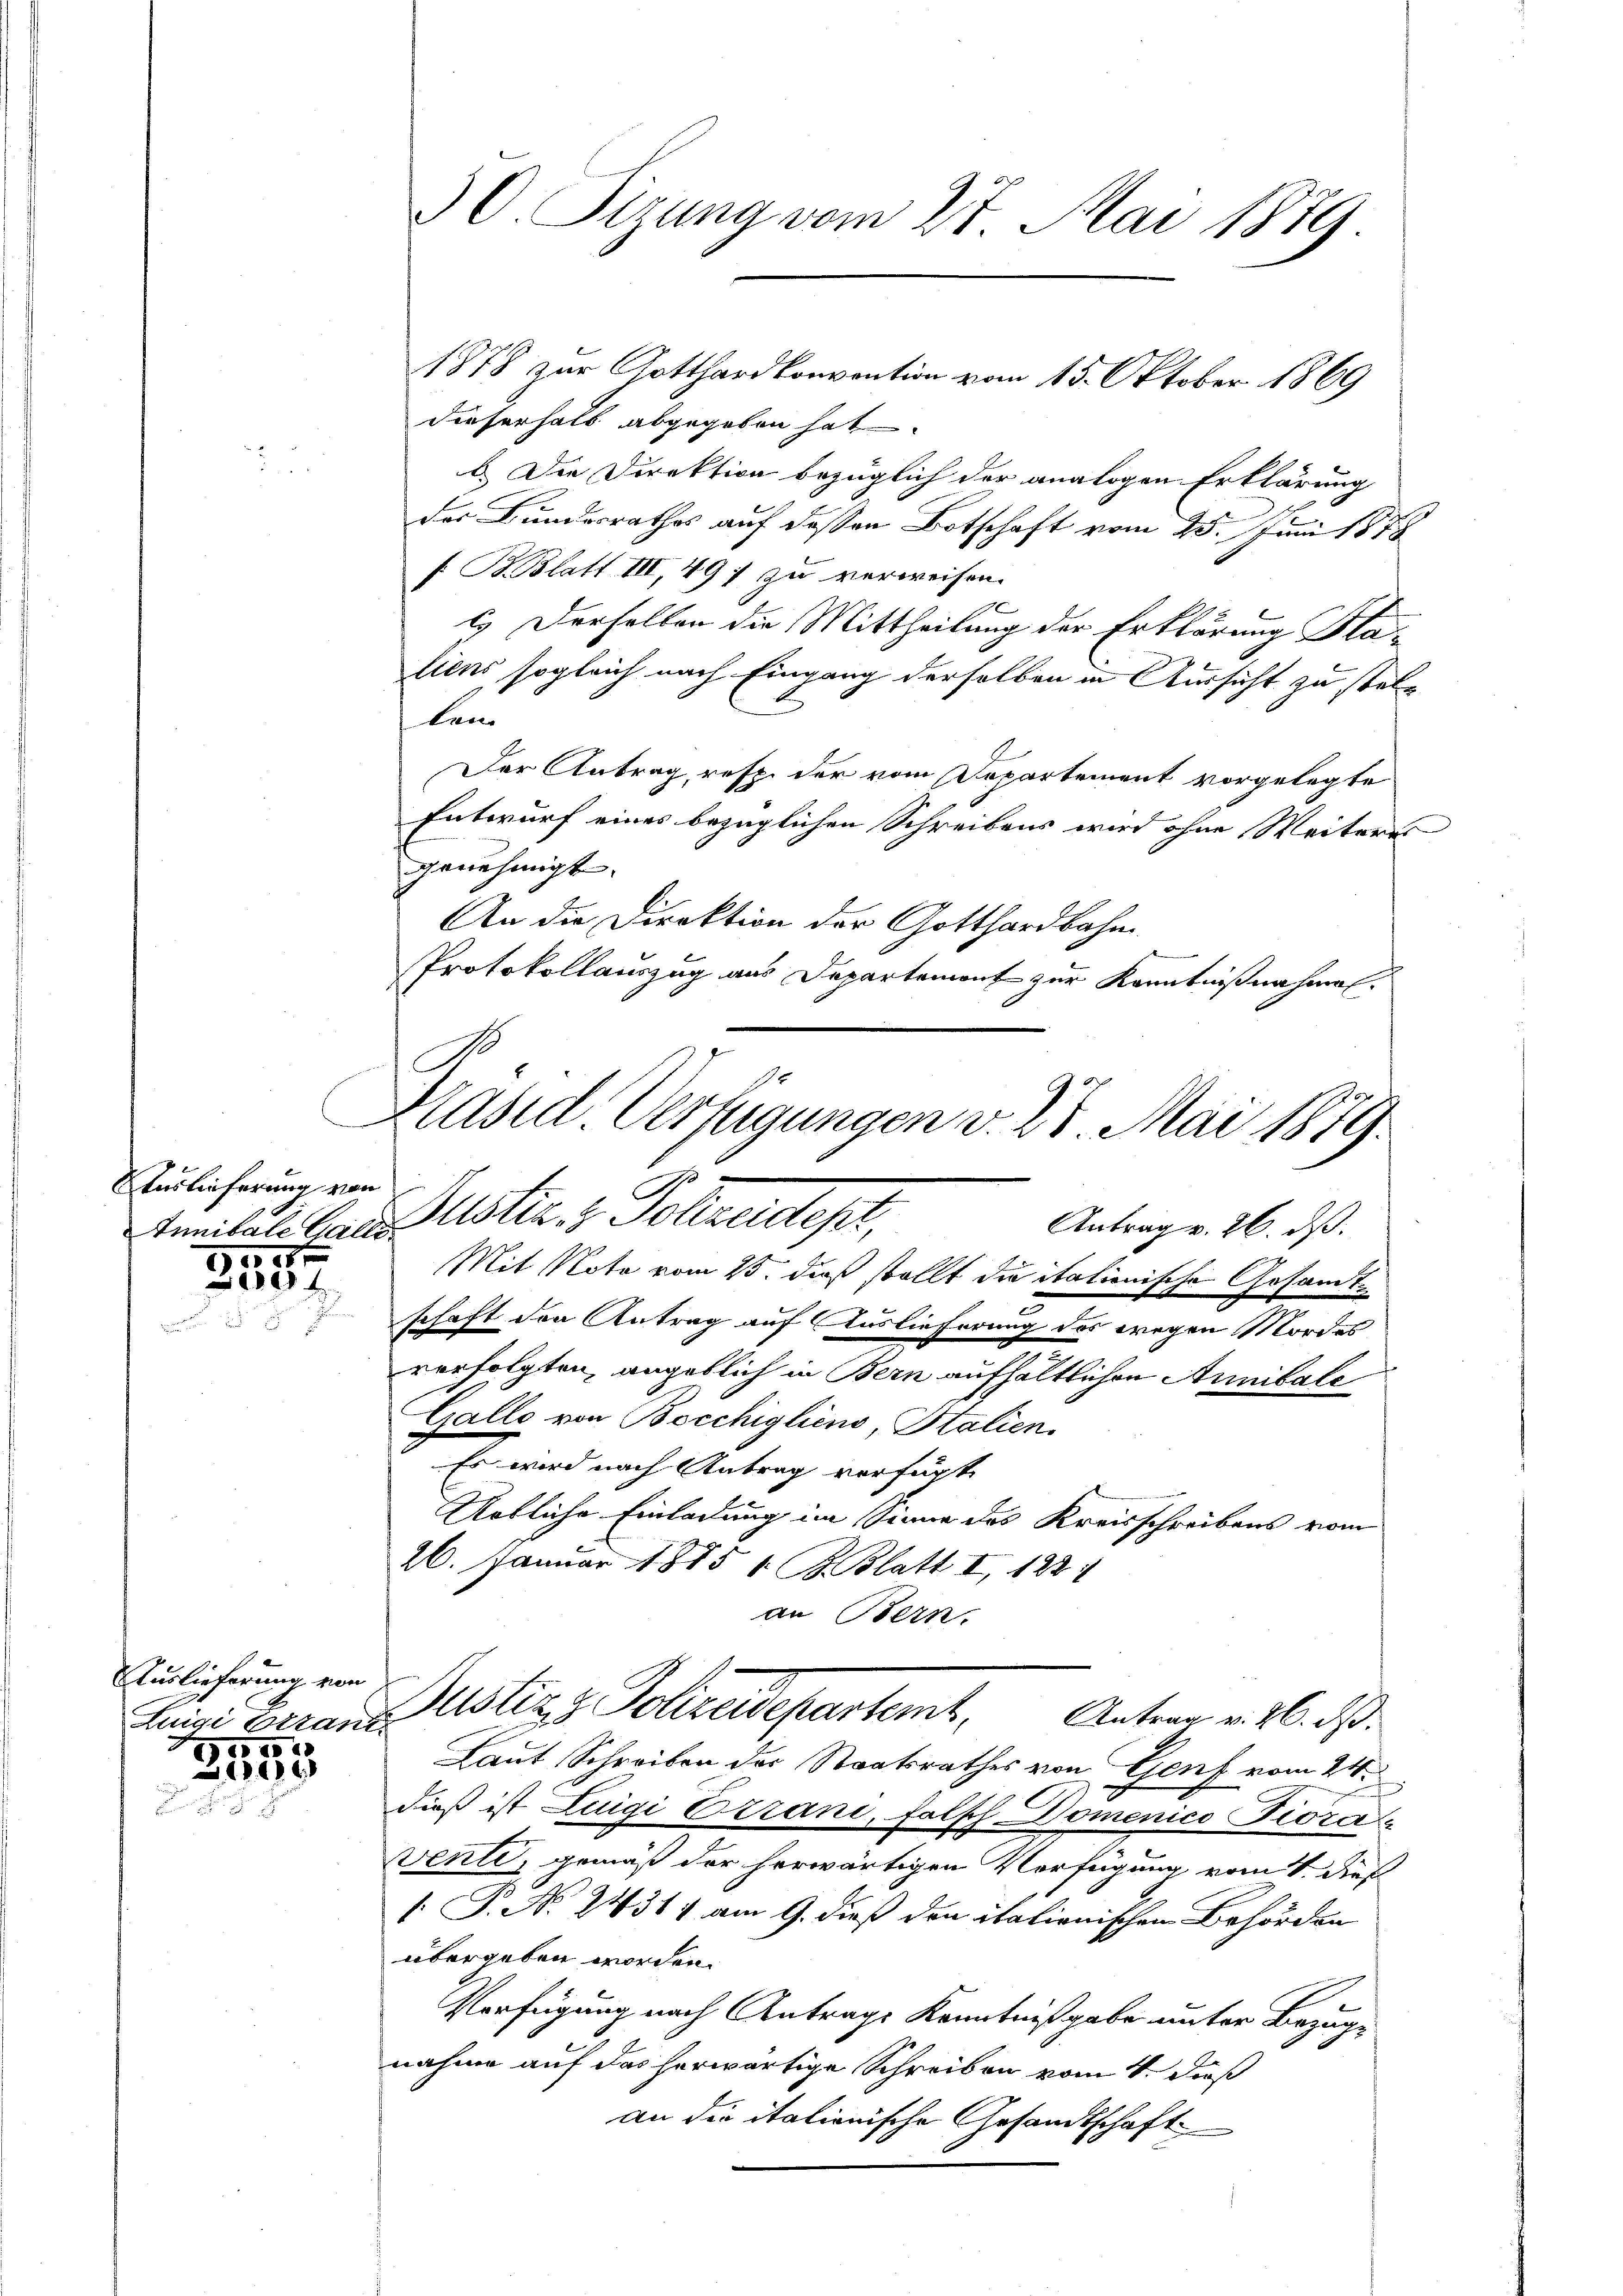
Auslieferung von
Innibale Galle.
1500 x

194
d

Auslieferung von
Luigi étrani

3195

1878 zur Gotthardkonvention vom 15. Oktober 1869
Dieserhalb abgegeben hat.
b. Die Direktion bezüglich der analogen Erklärung
der Bundesrathes auf dessen Botschaft vom 25. Juni 1878
f: B. Blatt III, 497 zu verweisen.
l. Derselben die Mittheilung der Erklärung Blaliens sogleich nach Eingang derselben in Aussicht zu stellan
Der Antrag, resp. der vom Departement vorgelegte
Entwurf eines bezüglichen Schreibens wird ohne Weiteres
genehmigt.
An die Direktion der Gotthardbahn
Protokollauszug aus Departemont zur Kenntnißnahmen.

30. Sizung vom 27. Mai 1879.

Kasid Verfügungen v. 28. Mai 1879.
Matte. - Pollaudepa
Antrag v. 26. ds.

Justizs Collaudepartemt, Untern v. 6. ds.

Mit Nota vom 15. dieß stellt die italienische Gesandtschaft den Antrag auf Auslieferung des wegen Mordes
verfolgten, angeblich in Bern aufhältlichen Annitale
Galle von Bocchigliens, Italien.
Es wird nach Antrag verfügt
Artliche Einladung im Sinne des Kreisschreibens vom
26. Januar 1815 1 S. Blatt I 122 1
an Bern.

Laut Schreiben der Staatsrathes von Genf vom 24.
dieß ist Luigi Etrani, falsch Domenico Pioravente, gemäß der herwärtigen Verfügung vom 4. dies
 P. N. 24314 am 9. dieß den italienischen Behörden
übergeben worden.
Verfügung nach Antrage Kenntnißgabe unter Bezugnahme auf das herwärtige Schreiben vom 4. daß
an der itationische Gesandtschaft